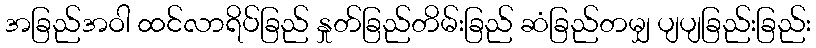
အခြည်အဝါ ထင်လာရိပ်ခြည် နှုတ်ခြည်တိမ်းခြည် ဆံခြည်တမျှ ပျပျခြည်းခြည်း